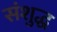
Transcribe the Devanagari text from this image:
संशुद्ध